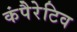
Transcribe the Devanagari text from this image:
कंपैरेटिव